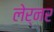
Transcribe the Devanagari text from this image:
लेर्नर